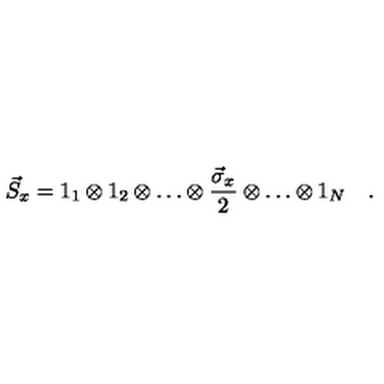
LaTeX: \vec { S } _ { x } = 1 _ { 1 } \otimes 1 _ { 2 } \otimes \ldots \otimes \frac { \vec { \sigma } _ { x } } { 2 } \otimes \ldots \otimes 1 _ { N } \quad .